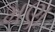
મણ